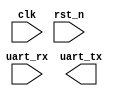
module FPGA_UART (
	input clk,
	input rst_n,
	input uart_rx,
	output uart_tx
);

reg [7:0] uart_send_data = 8'd0;
reg uart_send_valid;
wire uart_send_ready;

reg [31:0] counter = 32'd0;

parameter state_wait = 4'd0;
parameter state_send = 4'd1;
reg [3:0] state = state_wait;

reg send_flag = 0;

always@(posedge clk or negedge rst_n) begin
	if(!rst_n) begin
		uart_send_valid <= 0;
		counter <= 32'd0;
		uart_send_data <= 8'd0;
		state <= state_wait;
		send_flag = 0;
	end
	else begin
		case (state)
			state_wait: begin
				counter <= counter + 32'd1;
				if(counter >= 32'd49999999) begin
					counter <= 32'd0;
					state <= state_send;
				end
			end
			state_send: begin
				if(uart_send_ready && !send_flag) begin
					send_flag <= 1;
					uart_send_valid <= 1;
				end
				else begin
					uart_send_data <= uart_send_data + 8'd1;
					uart_send_valid <= 0;
					state <= state_wait;
					send_flag <= 0;
				end
			end
		endcase
	end
end



endmodule